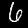
Label: 6